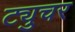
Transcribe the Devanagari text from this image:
ट्युचर